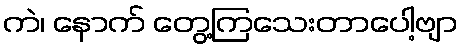
ကဲ၊ နောက် တွေ့ကြသေးတာပေါ့ဗျာ